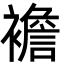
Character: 襜